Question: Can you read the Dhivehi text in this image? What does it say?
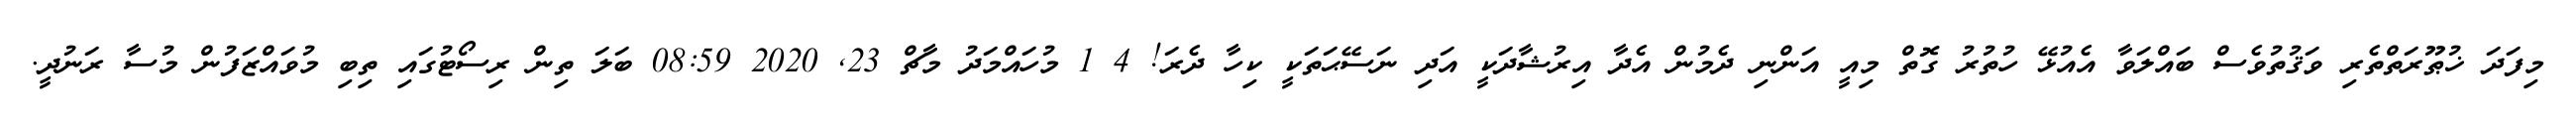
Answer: މިފަދަ ޚުޠޫރަތްތެރި ވަޤުތުވެސް ބައްލަވާ އެއުޅޭ ހުތުރު ގޮތް މިއީ އަންނި ދެމުން އެދާ އިރުޝާދަކީ އަދި ނަސޭޙަތަކީ ކިހާ ދެރަ! 4 1 މުހައްމަދު މާޗް 23, 2020 08:59 ބަލަ ތިން ރިސޯޓުގައި ތިބި މުވައްޒަފުން މުސާ ރަނުދީ.